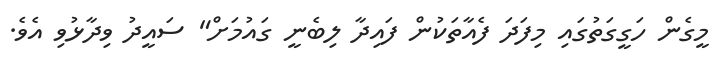
މީގެން ހަގީގަތުގައި މިފަދަ ފެއާތަކުން ފައިދާ ލިބެނީ ގައުމަށް" ސައީދު ވިދާޅުވި އެވެ.